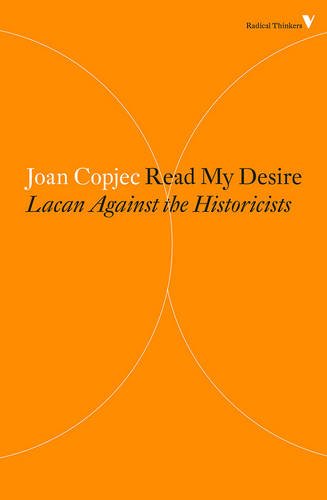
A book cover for Read My Desire: Lacan Against the Historicists (Radical Thinkers); Joan Copjec; Medical Books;